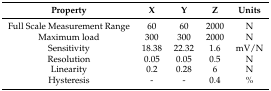
<table><thead><tr><td><b>Property</b></td><td><b>X</b></td><td><b>Y</b></td><td><b>Z</b></td><td><b>Units</b></td></tr></thead><tbody><tr><td>Full Scale Measurement Range</td><td>60</td><td>60</td><td>2000</td><td>N</td></tr><tr><td>Maximum load</td><td>300</td><td>300</td><td>2000</td><td>N</td></tr><tr><td>Sensitivity</td><td>18.38</td><td>22.32</td><td>1.6</td><td>mV/N</td></tr><tr><td>Resolution</td><td>0.05</td><td>0.05</td><td>0.5</td><td>N</td></tr><tr><td>Linearity</td><td>0.2</td><td>0.28</td><td>6</td><td>N</td></tr><tr><td>Hysteresis</td><td>-</td><td>-</td><td>0.4</td><td>%</td></tr></tbody></table>